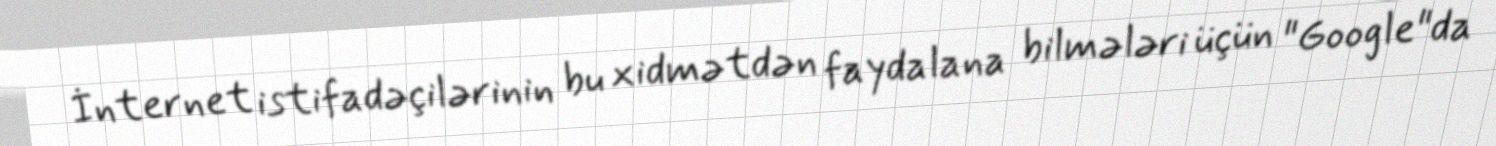
İnternet istifadəçilərinin bu xidmətdən faydalana bilmələri üçün "Google"da